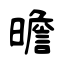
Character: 曕